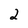
Character: 2